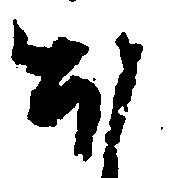
ほ